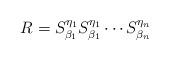
LaTeX: \begin{align*}R=S^{\eta_1}_{\beta_1}S^{\eta_1}_{\beta_1}\cdots S^{\eta_n}_{\beta_n}\end{align*}